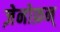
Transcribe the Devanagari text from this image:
ज़ेनोफ़न्